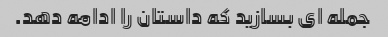
جمله ای بسازید که داستان را ادامه دهد.